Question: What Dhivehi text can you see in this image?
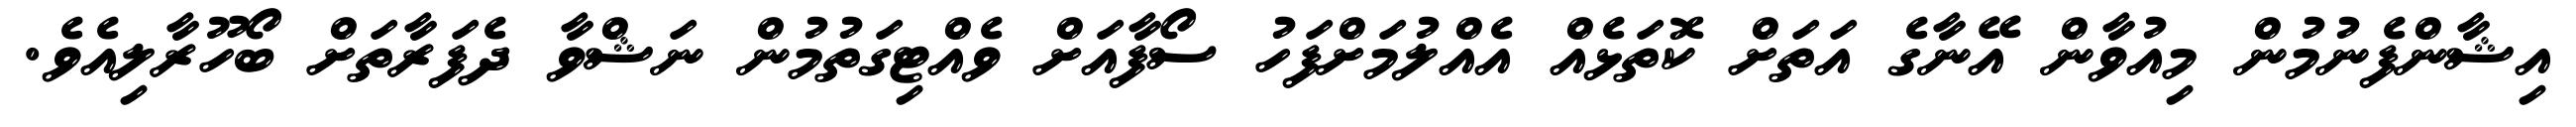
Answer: އިޝާންފެނުމުން މިއުވާން އޭނާގެ އަތަށް ކޮތަޅެއް އެއްލުމަށްފަހު ސޯފާއަށް ވެއްޓިގަތުމުން ނަޝްވާ ދެފަރާތަށް ބޯހޫރާލިއެވެ.